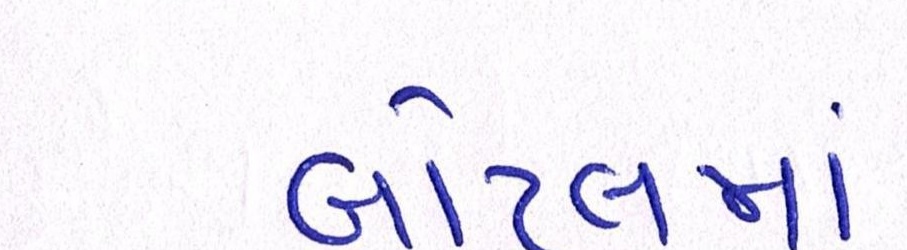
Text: બોટલમાં